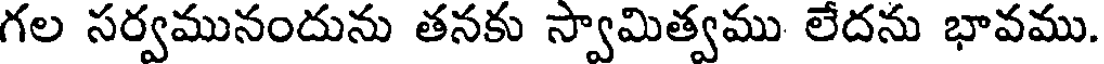
గల సర్వమునందును తనకు స్వామిత్వము లేదను భావము.